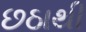
છઠાથી